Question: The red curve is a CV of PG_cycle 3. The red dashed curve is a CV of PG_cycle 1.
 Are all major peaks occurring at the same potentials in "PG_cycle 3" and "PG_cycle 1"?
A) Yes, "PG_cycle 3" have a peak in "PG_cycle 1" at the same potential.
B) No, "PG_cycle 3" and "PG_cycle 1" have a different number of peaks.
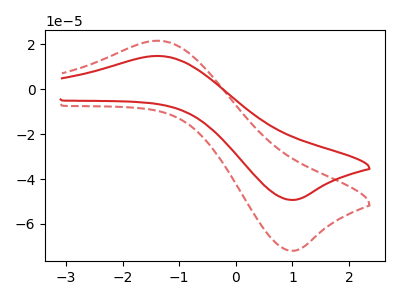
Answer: <think>The red curve "PG_cycle 3" has an anodic peak at (-1.40V, 14.80uA) and a cathodic peak at (1.05V, -49.30uA). The red dashed curve "PG_cycle 1" has an anodic peak at (-1.40V, 21.60uA) and a cathodic peak at (1.05V, -71.95uA).</think>
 <answer>A) Yes, "PG_cycle 3" have a peak in "PG_cycle 1" at the same potential.</answer>
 <eval>A</eval>